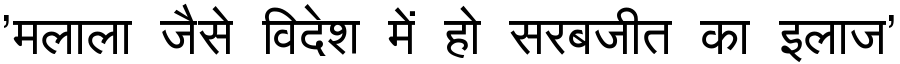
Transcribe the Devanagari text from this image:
'मलाला जैसे विदेश में हो सरबजीत का इलाज'